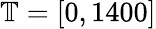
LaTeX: \mathbb{T}=[0,1400]